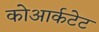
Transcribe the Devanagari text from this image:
कोआर्कटेट